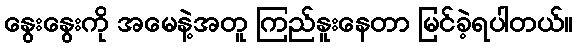
နွေးနွေးကို အမေနဲ့အတူ ကြည်နူးနေတာ မြင်ခဲ့ရပါတယ်။